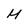
Character: M